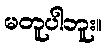
မတူပါဘူး။